Indian journal of veterinary science and animal husbandry - Volumes 24-25, 1954-1955
Year: 1954
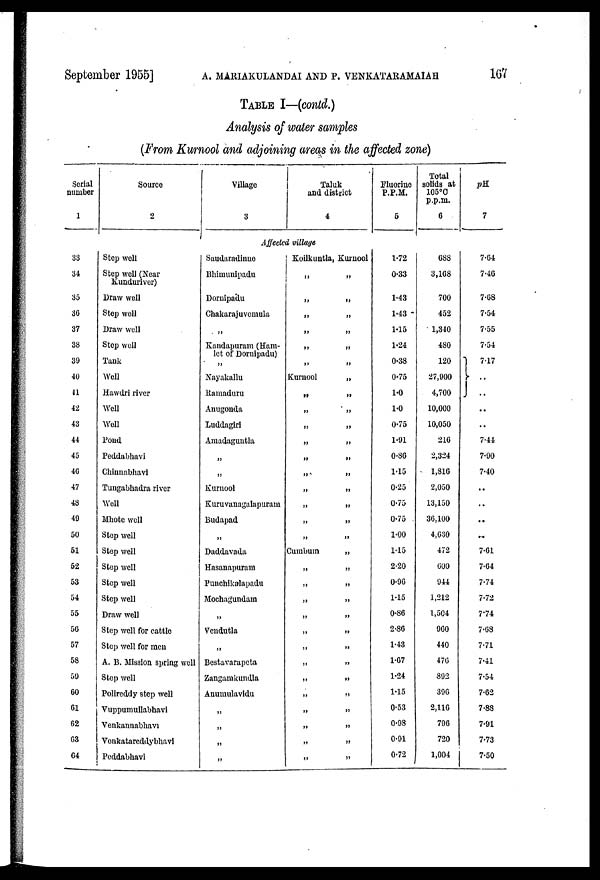
September 1955]
A. MARIAKULANDAI AND P. VENKATARAMAIAH 167
TABLE I—(contd.)
Analysis of water samples
(From Kurnool and adjoining areas in the affected zone)
Serial
number
1
Source
2
Village
3
Taluk
and district
4
Fluorine
P.P.M.
5
Total
solids at
105°C
p.p.m.
6
pH
7
Affected village
33
34
35
36
37
38
39
40
41
42
43
44
45
46
47
48
49
50
51
52
53
54
55
56
57
58
59
60
61
62
63
64
Step well
Step well (Near
Kunduriver)
Draw well
Step well
Draw well
Step well
Tank
Well
Hawdri river
Well
Well
Pond
Peddabhavi
Chinnabhavi
Tungabhadra river
Well
Mhote well
Step well
Step well
Step well
Step well
Step well
Draw well
Step well for cattle
Step well for men
A. B. Mission spring well
Step well
Polireddy step well
Vuppumullabhavi
Venkannabhavi
Venkatareddybhavi
Peddabhavi
Saudaradinne
Bhimunipadu
Dornipadu
Chakarajuvemula
„
Kandapuram (Ham-
let of Dornipadu)
„
Nayakallu
Ramaduru
Anugonda
Luddagiri
Amadaguntla
„
„
Kurnool
Kuruvanagalapuram
Budapad
„
Daddavada
Hasanapuram
Punchikalapadu
Mochagundam
„
Veudutla
„
Bestavarapeta
Zangamkundla
Anumulavidu
„
„
„
„
Koilkuntla, Kurnool
„ „
„ „
„ „
„ „
„ „
„ „
Kurnool
„
„ „
„ „
„ „
„ „
„ „
„ „
„ „
„ „
„ „
„ „
Cumbum
„
„ „
„ „
„ „
„ „
„ „
„ „
„ „
„ „
„ „
„ „
„ „
„ „
„ „
1.72
0.33
1.43
1.43
1.15
1.24
0.38
0.75
1.0
1.0
0.75
1.91
0.86
1.15
0.25
0.75
0.75
1.00
1.15
2.20
0.96
1.15
0.86
2.86
1.43
1.67
1.24
1.15
0.53
0.98
0.91
0.72
688
3,168
700
452
1,340
480
120
27,900
4,700
10,000
10,050
216
2,324
1,816
2,050
13,150
36,100
4,630
472
600
944
1,212
1,504
960
440
476
892
396
2,116
796
720
1,004
7.64
7.46
7.68
7.54
7.55
7.54
7.47
. .
. .
. .
. .
7.44
7.90
7.40
. .
. .
. .
. .
7.61
7.64
7.74
7.72
7.74
7.68
7.71
7.41
7.54
7.62
7.88
7.91
7.73
7.50